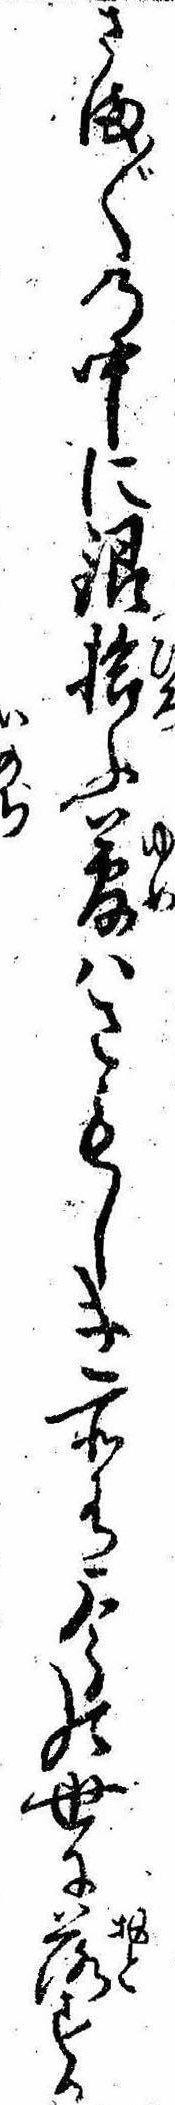
さま〲の中に銀拾ふ夢はさもしき所有今の世に落する